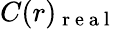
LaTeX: C(r)_{\mathrm{~r~e~a~l~}}